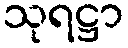
သုရဋ္ဌာ